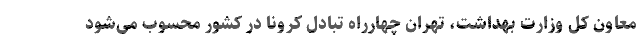
معاون کل وزارت بهداشت، تهران چهارراه تبادل کرونا در کشور محسوب می‌شود